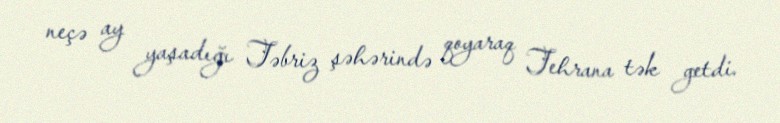
neçə ay yaşadığı Təbriz şəhərində qoyaraq Tehrana tək getdi.